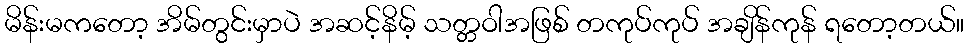
မိန်းမကတော့ အိမ်တွင်းမှာပဲ အဆင့်နိမ့် သတ္တဝါအဖြစ် တကုပ်ကုပ် အချိန်ကုန် ရတော့တယ်။